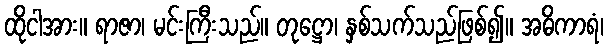
ထိုငါအား။ ရာဇာ၊ မင်းကြီးသည်။ တုဋ္ဌော၊ နှစ်သက်သည်ဖြစ်၍။ အဓိကာရံ၊